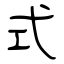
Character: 式